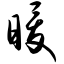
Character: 暖